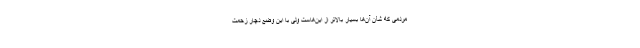
مردمی که شأن آن‌ها بسیار بالاتر از این‌هاست ولی با این وضع دچار زحمت